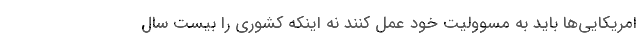
امريكايي‌ها بايد به مسووليت خود عمل كنند نه اينكه كشوري را بيست سال